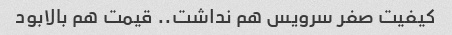
کیفیت صفر سرویس هم نداشت.. قیمت هم بالابود